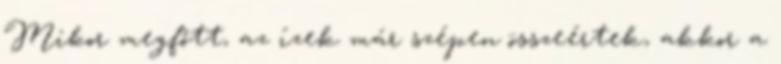
Mikor megfőtt, az ízek már szépen összeértek, akkor a